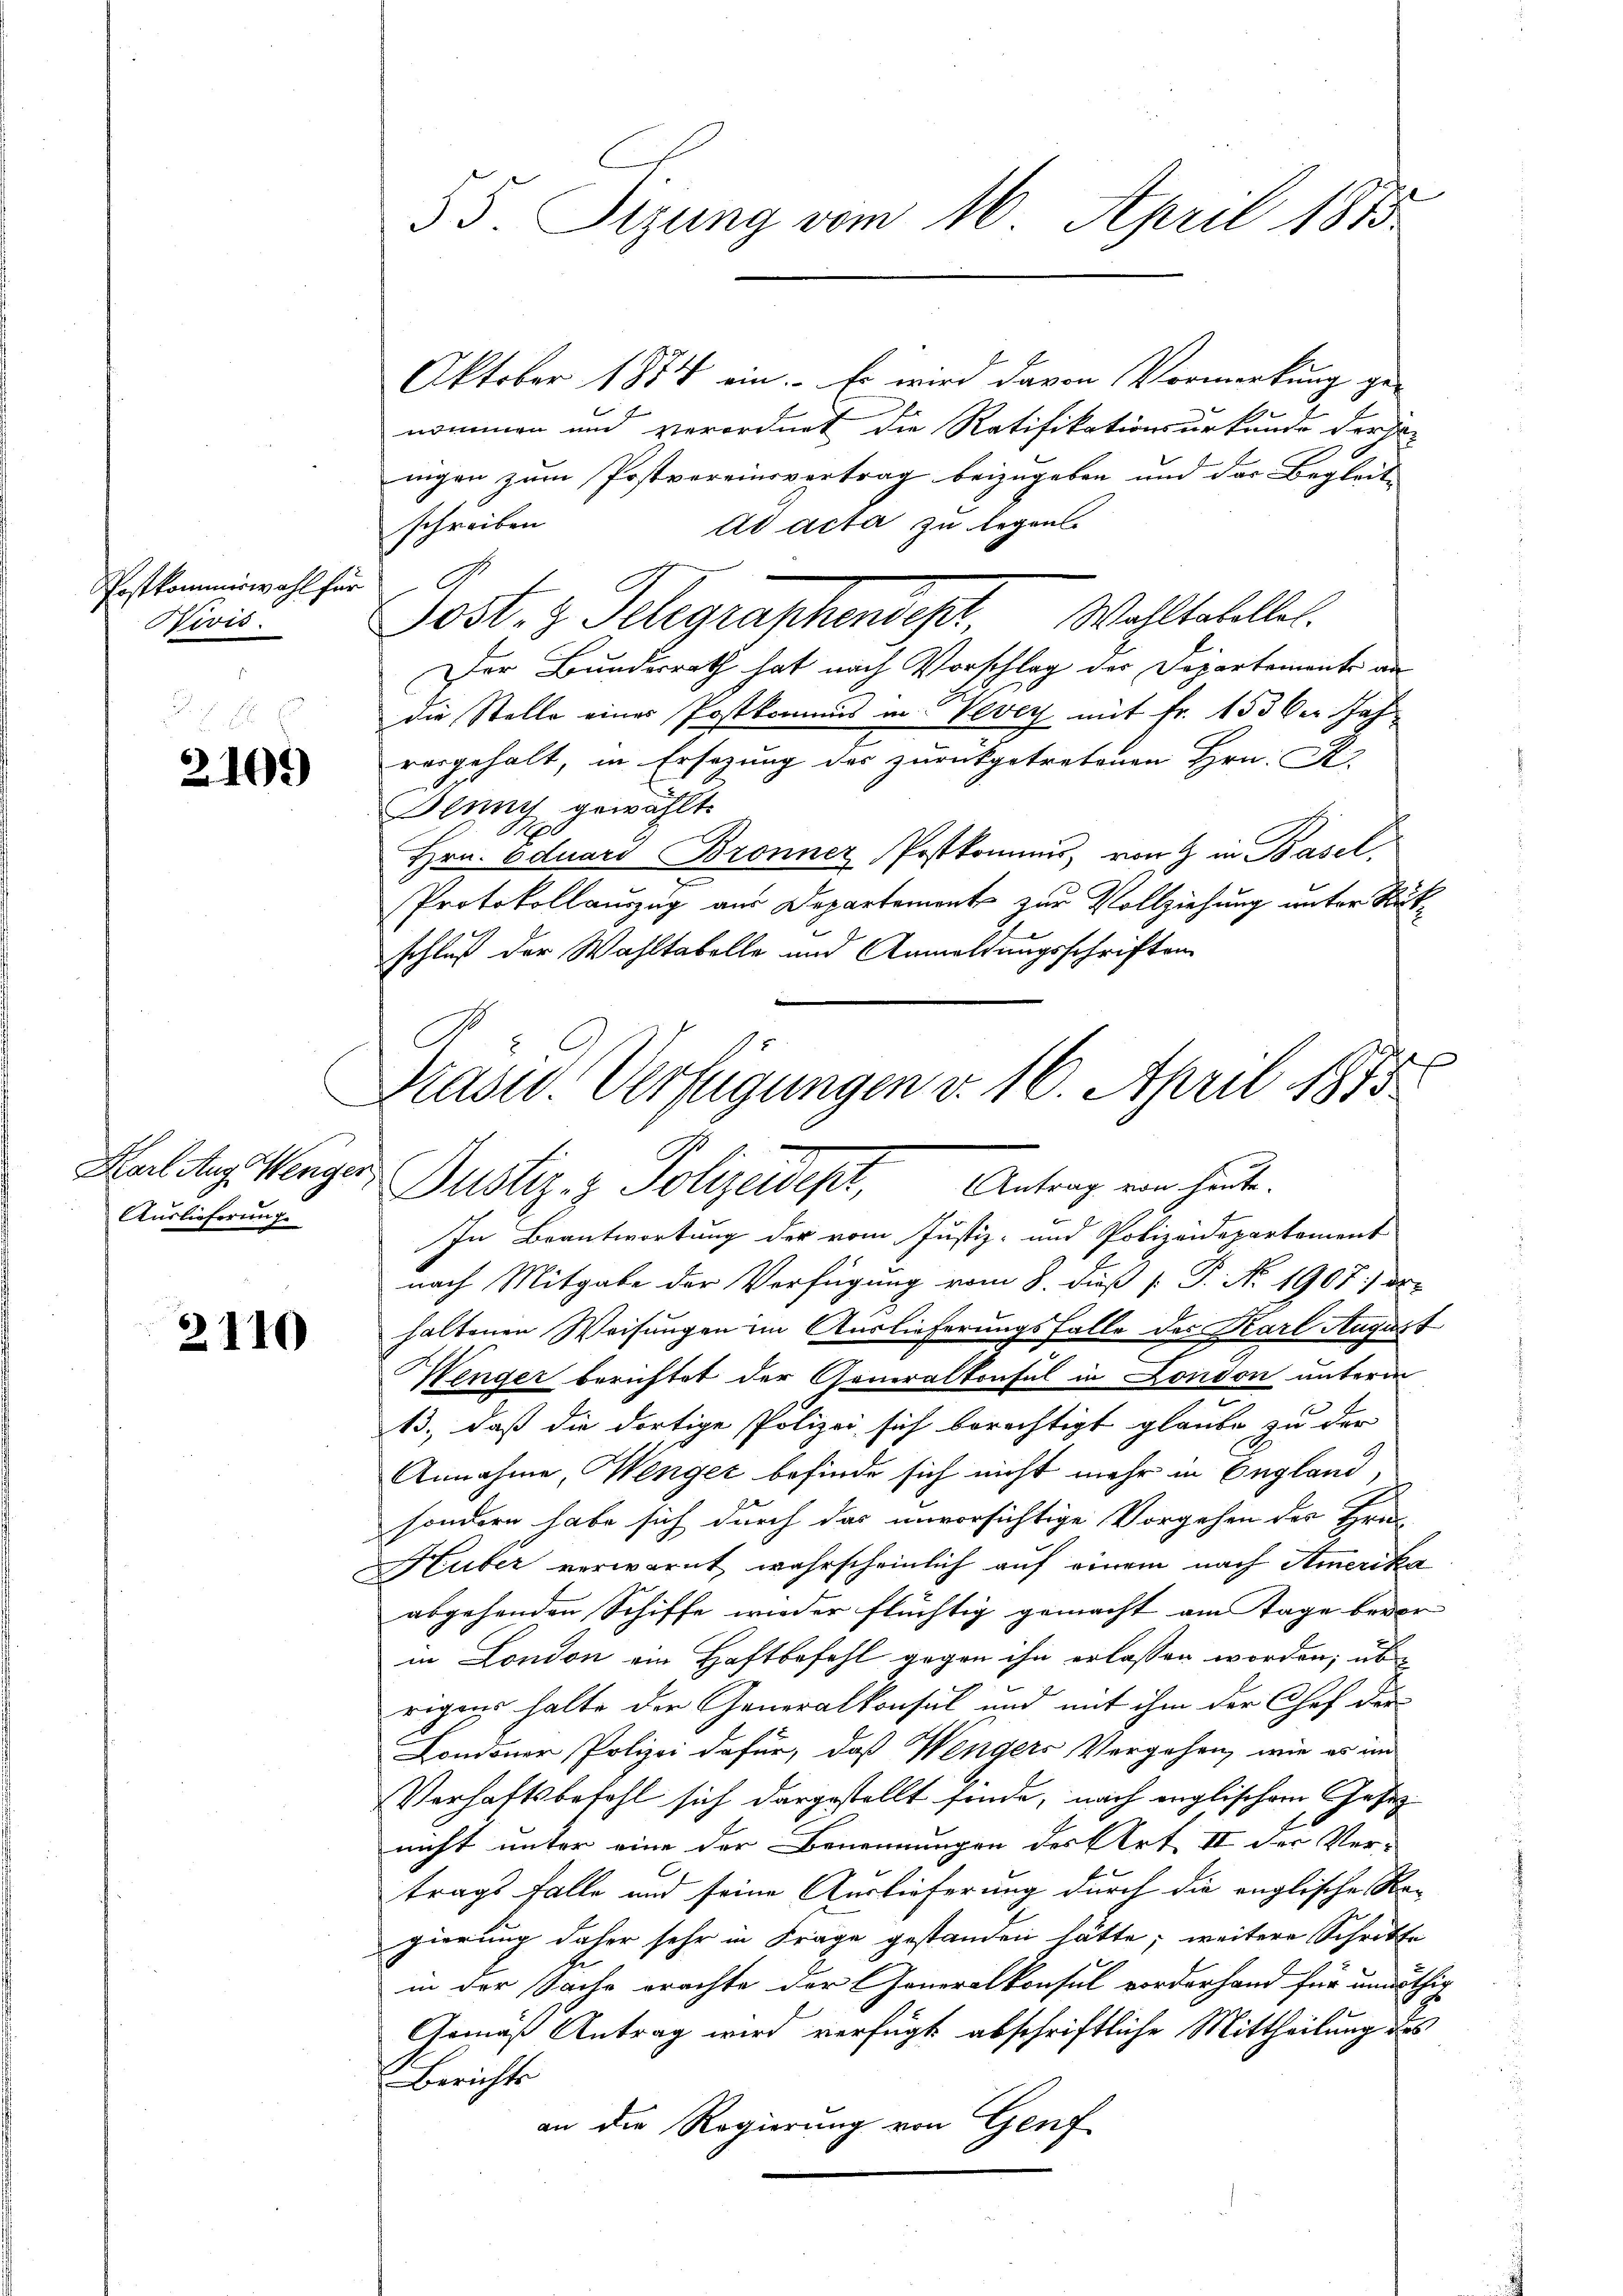
Postkommiswahl für
Hivis.

2101)

Karl Aug. Wenger
Auslieferung

2110

55. Sizung vom 16. April 1873

Oktober 1884 ein. Es wird davon Vormerkung ge-
.
nommen und verordnet die Ratifikationsurkunde derse
nigen zum Postvereinsvertrag beizugeben und das Begleit |
schreiben
ad acta zu legen.
Post. z. Telegraphendet. Wohltabelle.
Der Bundesrath hat nach Vorschlag der Departemente an
die Stelle eines Postkommis in Vevey mit Fr. 153 der Jah
vorgehalt, in Ersezung des zurückgetretenen Hrn. K.
Beung gewählt.
Hrn. Eduard Bronner Postkomis, von 9 in Basel,
Protokollauszug aus Departement zur Vollziehung unter Ru¬
F
schluß der Wahltabelle und Anmeldungsschriften
In Beantwortung der vom Justiz- und Polizeidepartement
nach Mitgabe der Verfügung vom 8. dieß [ P. Nr. 1907. ds.
haltenen Weisungen im Auslieferungsfalle des Karl Augus
Wenger beruftet der Generalkonsul in London unterm
13., daß die dortige Polizei sich berichtigt glaube zu der
Annahme, Wenger befinde sich nicht mehr in England,
sondern habe sich durch das unvorsichtige Vorgehen des Fra-
Huber verwarnt wahrscheinlich auf einem nach Amerika
abgehenden Schiffe wieder flüchtig gemacht am Tage bere
in London am Haftbefehl gegen ihn erlassen worden; üb
rigens halte der Generalkonsul und mit ihm der Chef der-
Londoner Polizei dafür, daß Wengers Vergehen, wie es im
Verhaftsbefehl sich dargestellt finde, nach englischem Gesetz
nicht unter eine der Benennungen des Art II der Ver-
trags falle und seine Auslieferung durch die englische Na-
gierung daher sehr in Frage gestanden hätte; weitere Schritte
in der Sache erachte der Generalkonsul vorderhand für und
Gemäß Antrag wird verfügt abschriftliche Mittheilung des
Berichts
an die Regierung von Genf

Nase Verfügungen v. 16. April 1875
C
Justiz- & Polizeist, Antrag von hat.

2